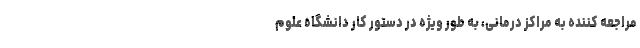
مراجعه کننده به مراکز درمانی، به طور ویژه در دستور کار دانشگاه علوم